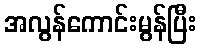
အလွန်ကောင်းမွန်ပြီး